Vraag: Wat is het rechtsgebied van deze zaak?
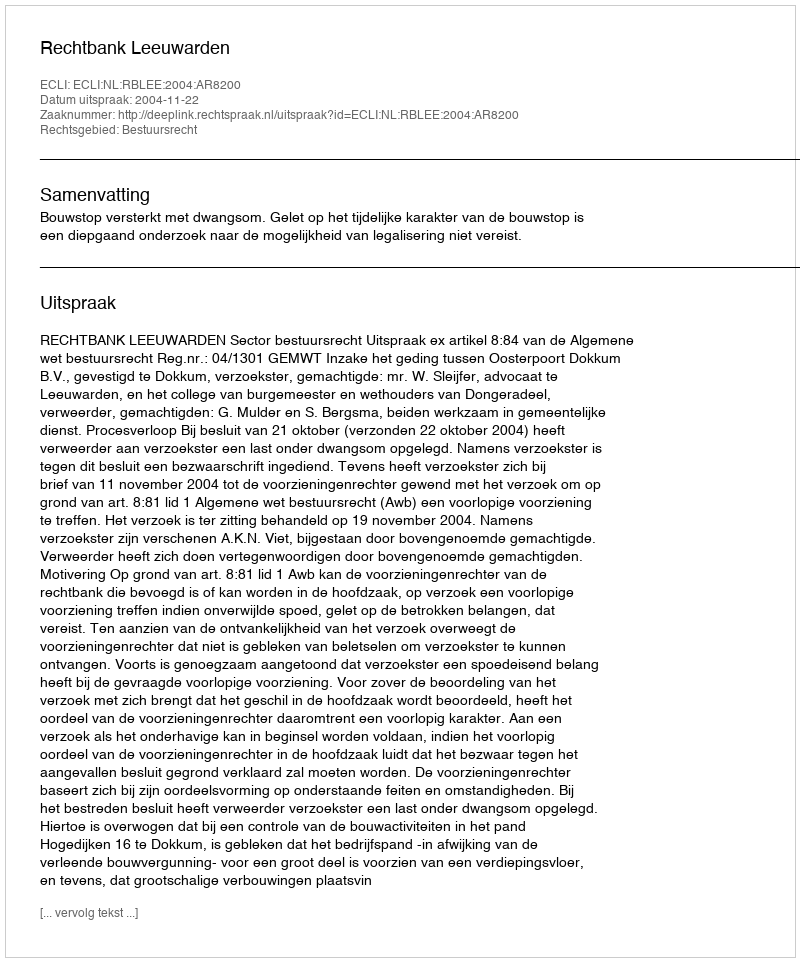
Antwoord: Bestuursrecht